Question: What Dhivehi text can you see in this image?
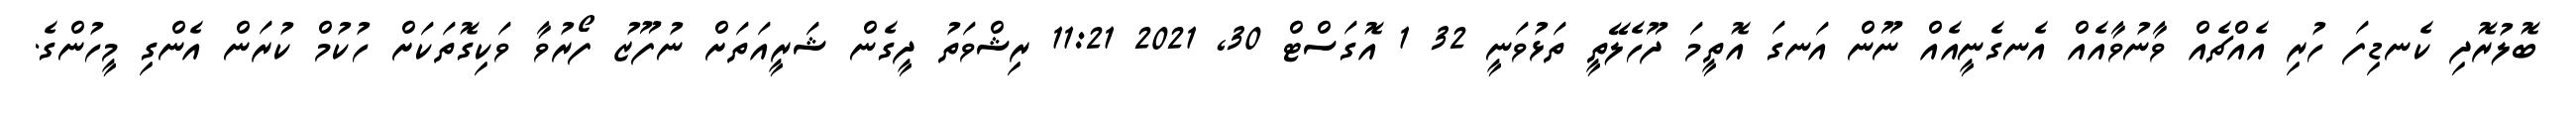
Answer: ބޮލުރޮދި ކެނޑިފަ ހުރި އެއްޗެއް ވާނުވާއެއް އެނގެނީއެއް ނޫން އަނގަ އޮތީމަ ދޫހެލޭތީ ތަޅުވަނީ 32 1 އޮގަސްޓް 30, 2021 11:21 ރިޝްވަތު ދީގެން ޝަރީއަތަށް ނުފޫޒު ފޯރުވާ ވަކިގޮތަކަށް ހުކުމް ކުރަން އެންގި މީހުންގެ.